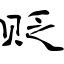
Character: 贬